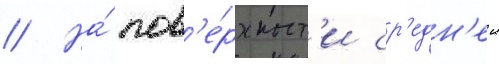
// На́ пов'е́рхност'и ср'едн'еи